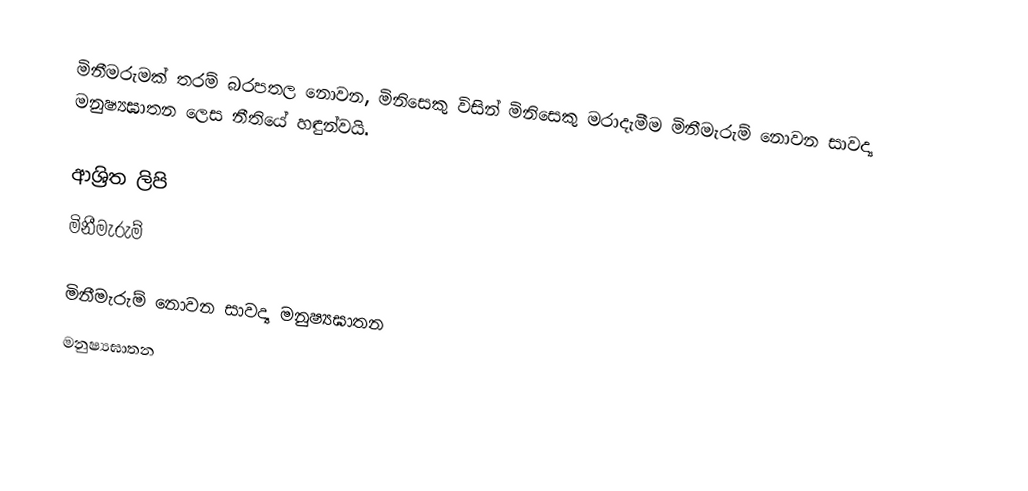
මිනීමරුමක් තරම් බරපතල නොවන, මිනිසෙකු විසින් මිනිසෙකු මරාදැමීම මිනීමැරුම් නොවන සාවද්‍ය මනුෂ්‍යඝාතන ලෙස නීතියේ හඳුන්වයි.

ආශ්‍රිත ලිපි
 මිනීමැරුම්

මිනීමැරුම් නොවන සාවද්‍ය මනුෂ්‍යඝාතන
මනුෂ්‍යඝාතන